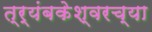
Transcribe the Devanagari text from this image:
त्र्यंबकेश्वरच्या